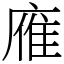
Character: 䧹